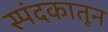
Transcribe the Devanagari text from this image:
स्पंदकातून